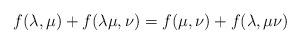
LaTeX: \begin{align*} f(\lambda,\mu) + f(\lambda\mu, \nu) = f(\mu, \nu) + f(\lambda, \mu\nu)\end{align*}